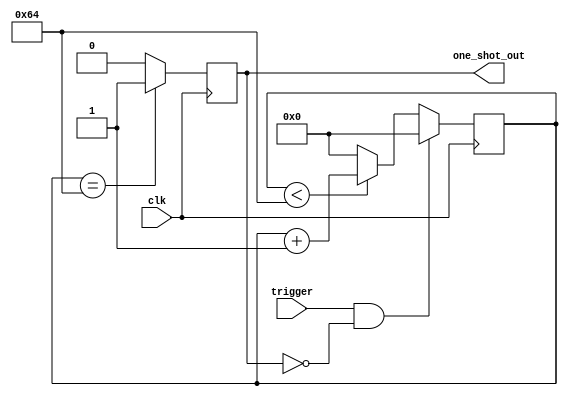
module one_shot_timer (
    input wire clk,            // Clock input
    input wire trigger,        // Trigger signal input
    output reg one_shot_out    // One-shot output signal
);

reg [7:0] counter;            // Counter to count clock cycles
parameter preset_duration = 100; // Preset duration for one-shot operation

always @(posedge clk) begin
    if (trigger && !one_shot_out) begin
        counter <= 0;
    end else if (counter < preset_duration) begin
        counter <= counter + 1;
    end else begin
        counter <= 0;
    end
end

always @(posedge clk) begin
    if (counter == preset_duration) begin
        one_shot_out <= 1;
    end else begin
        one_shot_out <= 0;
    end
end

endmodule